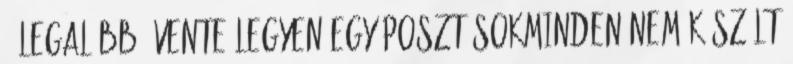
- Legalább évente legyen egy poszt Sokminden nem készült